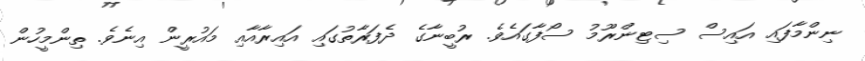
ނިންމާފައި އައިސް ސިޓިންރޫމު ސޯފާގައެވެ. ރުބީނާގެ ދެފަރާތުގައި އައިރާއާއި މައުރީން އިނެވެ. ތިންމީހުން